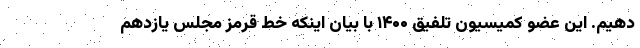
دهیم. این عضو کمیسیون تلفیق ۱۴۰۰ با بیان اینکه خط قرمز مجلس یازدهم